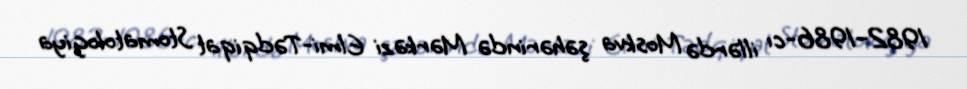
1982–1986-cı illərdə Moskva şəhərində Mərkəzi Elmi-Tədqiqat Stomatologiya